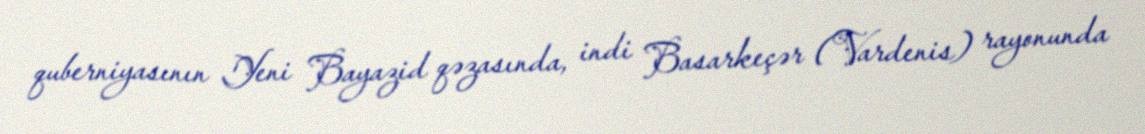
quberniyasının Yeni Bayazid qəzasında, indi Basarkeçər (Vardenis) rayonunda